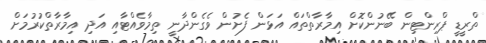
ތްރީޑީ ޕްރިންޓިން ބޭނުންކޮށް އިމާރާތްތައް އަޅަން ފެށުން ވެގެންދާނީ ތިމާވެއްޓާއި އަދި އިމާރާތްކުރުމަށް